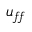
u _ { f \! f }